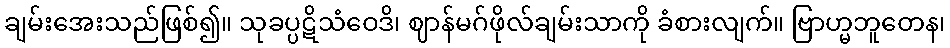
ချမ်းအေးသည်ဖြစ်၍။ သုခပ္ပဋိသံဝေဒိ၊ ဈာန်မဂ်ဖိုလ်ချမ်းသာကို ခံစားလျက်။ ဗြာဟ္မဘူတေန၊